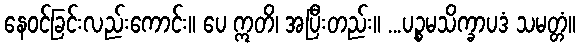
နေဝင်ခြင်းလည်းကောင်း။ ပေ ဣတိ၊ အပြီးတည်း။ ...ပဉ္စမသိက္ခာပဒံ သမတ္တံ။